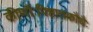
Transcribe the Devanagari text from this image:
कीर्णौःपिष्टातकौधैः